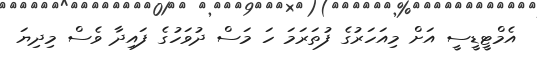
އެމްޓީޑީސީ އަށް މިއަހަރުގެ ފުތަރަމަ ހަ މަސް ދުވަހުގެ ފައިދާ ވެސް މިދިޔަ